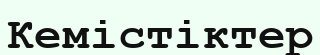
Кемістіктер